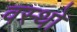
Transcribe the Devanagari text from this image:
वस्थाे